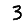
Digit: 3